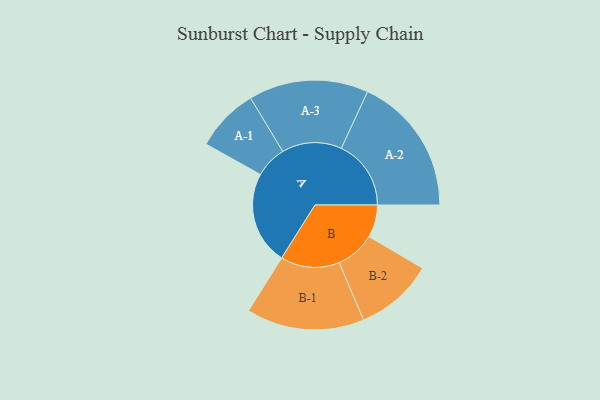
{"axis": {"x": "Segment", "y": "Value"}, "legend": ["", "A", "B"], "data": [{"x": "A", "y": 398, "type": ""}, {"x": "B", "y": 139, "type": ""}, {"x": "A-1", "y": 136, "type": "A"}, {"x": "A-2", "y": 298, "type": "A"}, {"x": "A-3", "y": 256, "type": "A"}, {"x": "B-1", "y": 252, "type": "B"}, {"x": "B-2", "y": 168, "type": "B"}]}